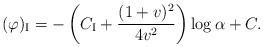
LaTeX: \begin{align*}(\varphi)_\mathrm{I}=-\left(C_\mathrm{I}+\frac{(1+v)^2}{4v^2}\right)\log\alpha +C.\end{align*}